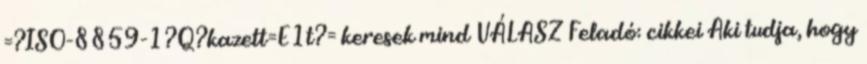
=?ISO-8859-1?Q?kazett=E1t?= keresek mind VÁLASZ Feladó: cikkei Aki tudja, hogy